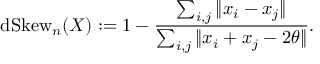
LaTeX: \operatorname { d S k e w } _ { n } ( X ) : = 1 - { \frac { \sum _ { i , j } \| x _ { i } - x _ { j } \| } { \sum _ { i , j } \| x _ { i } + x _ { j } - 2 \theta \| } } .